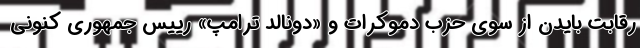
رقابت بایدن از سوی حزب دموکرات و «دونالد ترامپ» رییس جمهوری کنونی